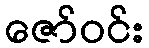
ဇော်ဝင်း